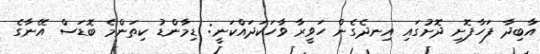
އާބިދާ ފަހާފޮށި ދޮށުގައި އިނދެގެން ހަވީރާ ވާހަކަދައްކަނީ: ޑިމާންޑު ކިތަންމެ ބޮޑަސް އޭނާގެ